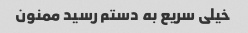
خیلی سریع به دستم رسید ممنون